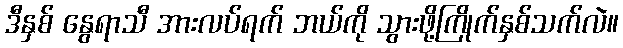
ဒီနှစ် နွေရာသီ အားလပ်ရက် ဘယ်ကို သွားဖို့ကြိုက်နှစ်သက်လဲ။